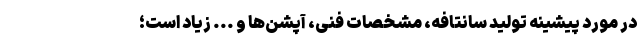
در مورد پیشینه تولید سانتافه، مشخصات فنی، آپشن‌ها و ... زیاد است؛